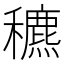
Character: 穮